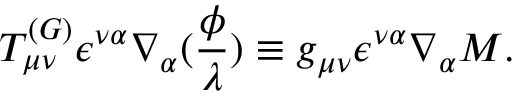
T _ { \mu \nu } ^ { ( G ) } \epsilon ^ { \nu \alpha } \nabla _ { \alpha } ( \frac \phi \lambda ) \equiv g _ { \mu \nu } \epsilon ^ { \nu \alpha } \nabla _ { \alpha } { \cal M } .